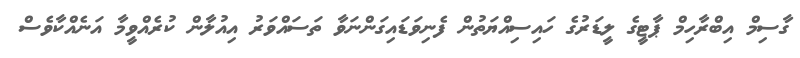
ގާސިމް އިބްރާހިމް ޕާޓީގެ ލީޑަރުގެ ހައިސިއްޔަތުން ފެނިވަޑައިގަންނަވާ ތަސައްވަރު އިއުލާން ކުރެއްވީމާ އަނެއްކާވެސް